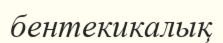
бентекикалық